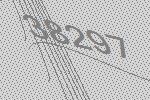
38297